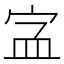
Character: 𡧾